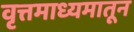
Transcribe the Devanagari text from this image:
वृत्तमाध्यमातून